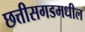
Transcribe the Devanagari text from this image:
छत्तीसगडमधील